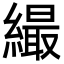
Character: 繓